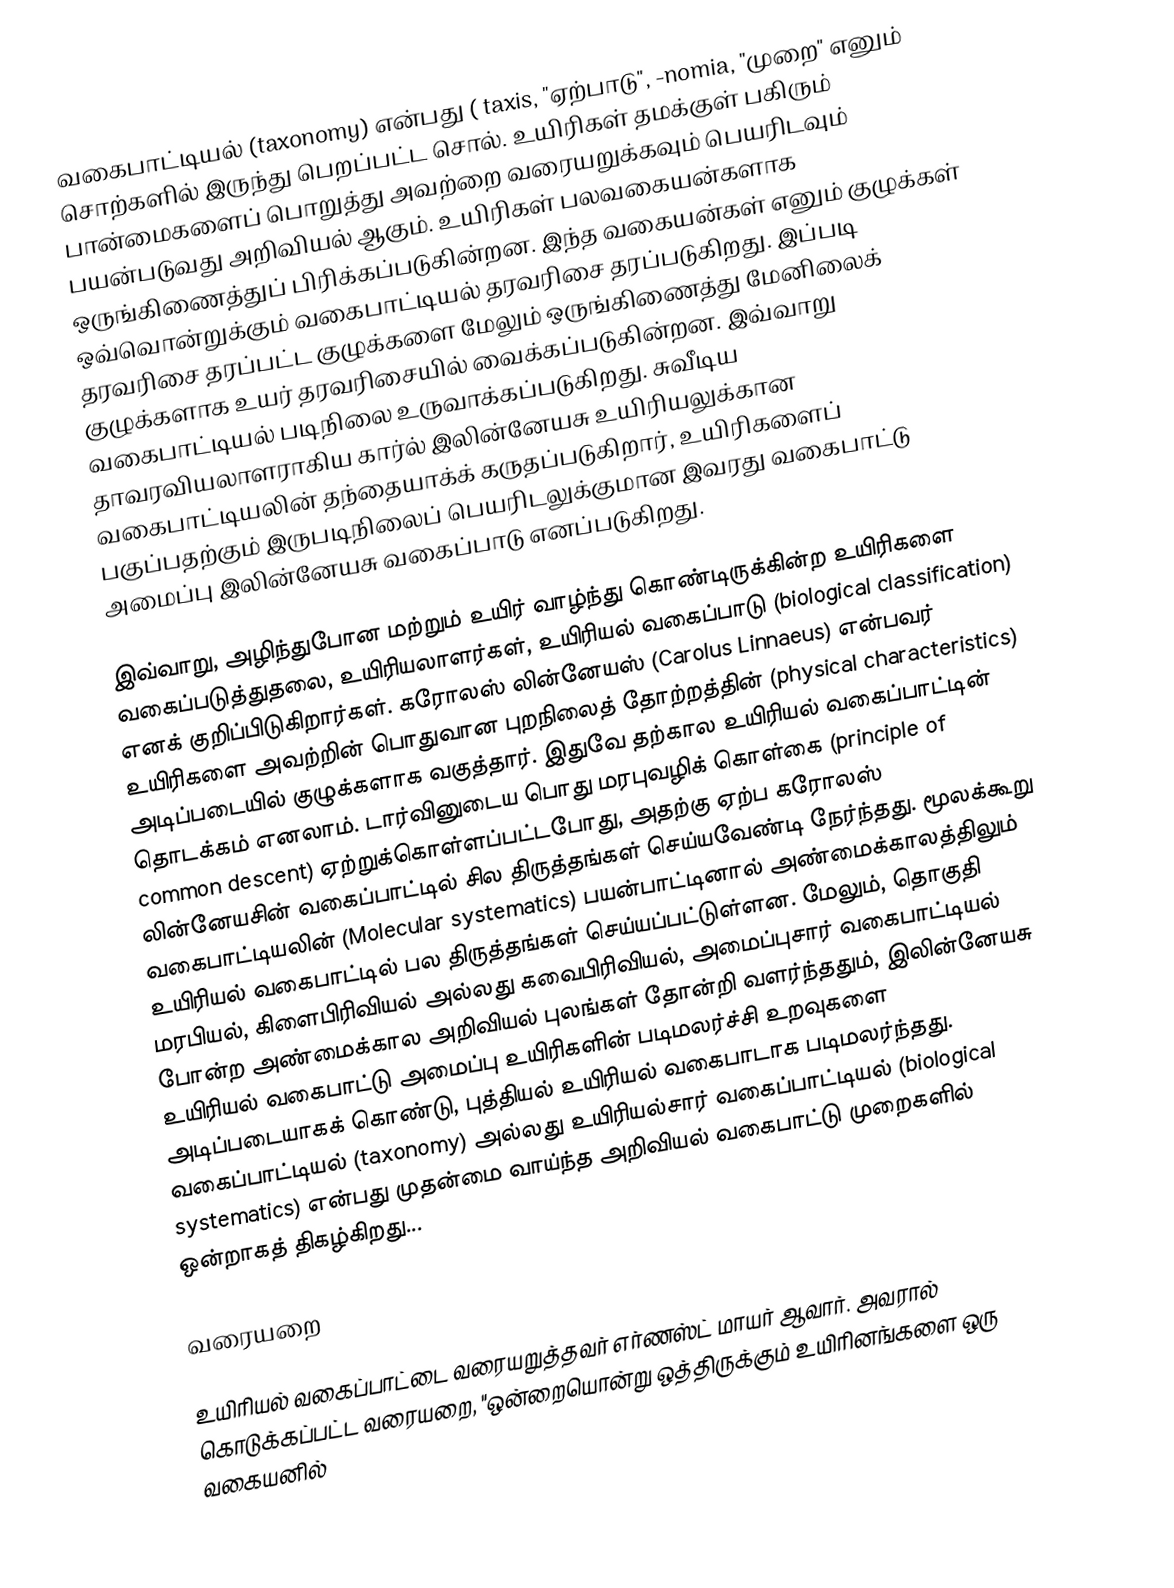
வகைபாட்டியல் (taxonomy) என்பது ( taxis, "ஏற்பாடு",  -nomia, "முறை" எனும் சொற்களில் இருந்து பெறப்பட்ட சொல். உயிரிகள் தமக்குள் பகிரும் பான்மைகளைப் பொறுத்து அவற்றை வரையறுக்கவும் பெயரிடவும் பயன்படுவது அறிவியல் ஆகும். உயிரிகள் பலவகையன்களாக ஒருங்கிணைத்துப் பிரிக்கப்படுகின்றன. இந்த வகையன்கள் எனும் குழுக்கள் ஒவ்வொன்றுக்கும் வகைபாட்டியல் தரவரிசை தரப்படுகிறது. இப்படி தரவரிசை தரப்பட்ட குழுக்களை மேலும் ஒருங்கிணைத்து மேனிலைக் குழுக்களாக உயர் தரவரிசையில் வைக்கப்படுகின்றன. இவ்வாறு வகைபாட்டியல் படிநிலை உருவாக்கப்படுகிறது. சுவீடிய தாவரவியலாளராகிய கார்ல் இலின்னேயசு உயிரியலுக்கான வகைபாட்டியலின் தந்தையாக்க் கருதப்படுகிறார், உயிரிகளைப் பகுப்பதற்கும் இருபடிநிலைப் பெயரிடலுக்குமான இவரது வகைபாட்டு அமைப்பு இலின்னேயசு வகைப்பாடு எனப்படுகிறது.

இவ்வாறு, அழிந்துபோன மற்றும் உயிர் வாழ்ந்து கொண்டிருக்கின்ற உயிரிகளை வகைப்படுத்துதலை, உயிரியலாளர்கள், உயிரியல் வகைப்பாடு (biological classification) எனக் குறிப்பிடுகிறார்கள். கரோலஸ் லின்னேயஸ் (Carolus Linnaeus) என்பவர் உயிரிகளை அவற்றின் பொதுவான புறநிலைத் தோற்றத்தின் (physical characteristics) அடிப்படையில் குழுக்களாக வகுத்தார். இதுவே தற்கால உயிரியல் வகைப்பாட்டின் தொடக்கம் எனலாம். டார்வினுடைய பொது மரபுவழிக் கொள்கை (principle of common descent) ஏற்றுக்கொள்ளப்பட்டபோது,  அதற்கு ஏற்ப கரோலஸ் லின்னேயசின் வகைப்பாட்டில் சில திருத்தங்கள் செய்யவேண்டி நேர்ந்தது.  மூலக்கூறு வகைபாட்டியலின் (Molecular systematics) பயன்பாட்டினால் அண்மைக்காலத்திலும் உயிரியல் வகைபாட்டில் பல திருத்தங்கள் செய்யப்பட்டுள்ளன. மேலும், தொகுதி மரபியல், கிளைபிரிவியல் அல்லது கவைபிரிவியல், அமைப்புசார் வகைபாட்டியல் போன்ற அண்மைக்கால அறிவியல் புலங்கள் தோன்றி வளர்ந்ததும், இலின்னேயசு உயிரியல் வகைபாட்டு அமைப்பு உயிரிகளின் படிமலர்ச்சி உறவுகளை அடிப்படையாகக் கொண்டு, புத்தியல் உயிரியல் வகைபாடாக படிமலர்ந்தது. வகைப்பாட்டியல் (taxonomy) அல்லது உயிரியல்சார் வகைப்பாட்டியல் (biological systematics)  என்பது முதன்மை வாய்ந்த அறிவியல் வகைபாட்டு முறைகளில் ஒன்றாகத் திகழ்கிறது...

வரையறை

உயிரியல் வகைப்பாட்டை வரையறுத்தவர் எர்ணஸ்ட் மாயர் ஆவார். அவரால் கொடுக்கப்பட்ட வரையறை, "ஒன்றையொன்று ஒத்திருக்கும் உயிரினங்களை ஒரு வகையனில்